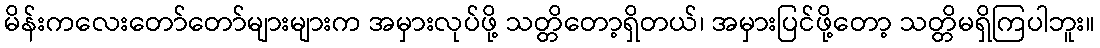
မိန်းကလေးတော်တော်များများက အမှားလုပ်ဖို့ သတ္တိတော့ရှိတယ်၊ အမှားပြင်ဖို့တော့ သတ္တိမရှိကြပါဘူး။